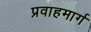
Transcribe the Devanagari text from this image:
प्रवाहमार्ग